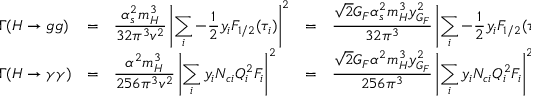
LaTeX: \begin{array} { l l l l l } { { \Gamma ( H \to g g ) } } & { { = } } & { { \displaystyle \frac { \alpha _ { s } ^ { 2 } m _ { H } ^ { 3 } } { 3 2 \pi ^ { 3 } v ^ { 2 } } \left| \sum _ { i } - \frac { 1 } { 2 } y _ { i } F _ { 1 / 2 } ( \tau _ { i } ) \right| ^ { 2 } } } & { { = } } & { { \displaystyle \frac { \sqrt { 2 } G _ { F } \alpha _ { s } ^ { 2 } m _ { H } ^ { 3 } y _ { G _ { F } } ^ { 2 } } { 3 2 \pi ^ { 3 } } \left| \sum _ { i } - \frac { 1 } { 2 } y _ { i } F _ { 1 / 2 } ( \tau _ { i } ) \right| ^ { 2 } , } } \\ { { \smallskip \Gamma ( H \to \gamma \gamma ) } } & { { = } } & { { \displaystyle \frac { \alpha ^ { 2 } m _ { H } ^ { 3 } } { 2 5 6 \pi ^ { 3 } v ^ { 2 } } \left| \sum _ { i } y _ { i } N _ { c i } Q _ { i } ^ { 2 } F _ { i } \right| ^ { 2 } } } & { { = } } & { { \displaystyle \frac { \sqrt { 2 } G _ { F } \alpha ^ { 2 } m _ { H } ^ { 3 } y _ { G _ { F } } ^ { 2 } } { 2 5 6 \pi ^ { 3 } } \left| \sum _ { i } y _ { i } N _ { c i } Q _ { i } ^ { 2 } F _ { i } \right| ^ { 2 } , } } \end{array}